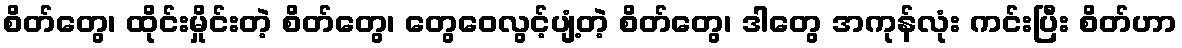
စိတ်တွေ၊ ထိုင်းမှိုင်းတဲ့ စိတ်တွေ၊ တွေဝေလွင့်ပျံ့တဲ့ စိတ်တွေ၊ ဒါတွေ အကုန်လုံး ကင်းပြီး စိတ်ဟာ